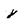
Character: y